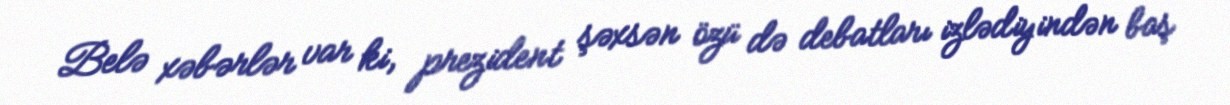
Belə xəbərlər var ki, prezident şəxsən özü də debatları izlədiyindən baş